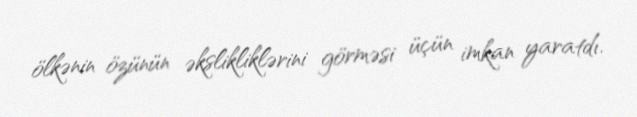
ölkənin özünün əkslikliklərini görməsi üçün imkan yaratdı.